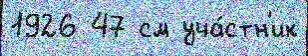
1926 47 см уча́стн'ик